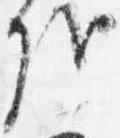
哉